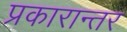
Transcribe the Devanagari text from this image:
प्रकारान्‍तर